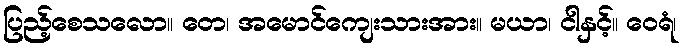
ပြည့်စေသလော။ တေ၊ အမောင်ကျေးသားအား။ မယာ၊ ငါနှင့်။ ဝေရံ၊